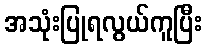
အသုံးပြုရလွယ်ကူပြီး